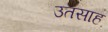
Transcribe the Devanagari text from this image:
उतसाह